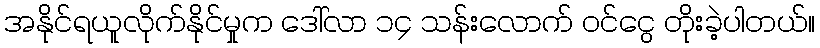
အနိုင်ရယူလိုက်နိုင်မှုက ဒေါ်လာ ၁၄ သန်းလောက် ဝင်ငွေ တိုးခဲ့ပါတယ်။